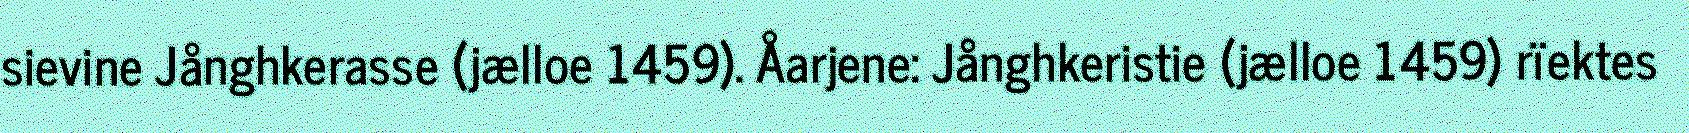
sievine Jånghkerasse (jælloe 1459). Åarjene: Jånghkeristie (jælloe 1459) rïektes